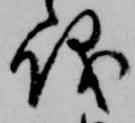
儀